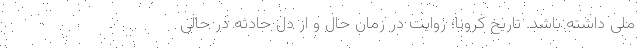
ملی داشته باشد. تاریخ کرونا؛ روایت در زمان حال و از دلِ حادثه در حالی